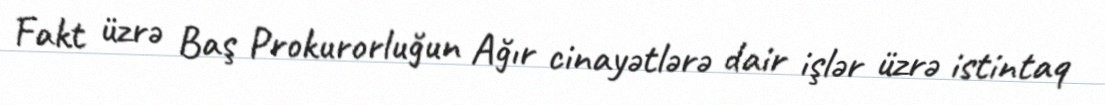
Fakt üzrə Baş Prokurorluğun Ağır cinayətlərə dair işlər üzrə istintaq